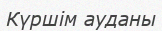
Күршім ауданы